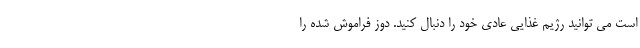
است می توانید رژیم غذایی عادی خود را دنبال کنید. دوز فراموش شده را